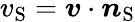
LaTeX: v_{\mathrm{{S}}}=\boldsymbol{v}\cdot\boldsymbol{n}_{\mathrm{{S}}}